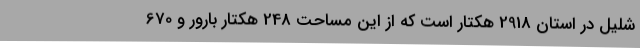
شلیل در استان 2918 هکتار است که از این مساحت 248 هکتار بارور و 670